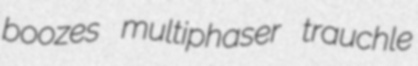
boozes multiphaser trauchle